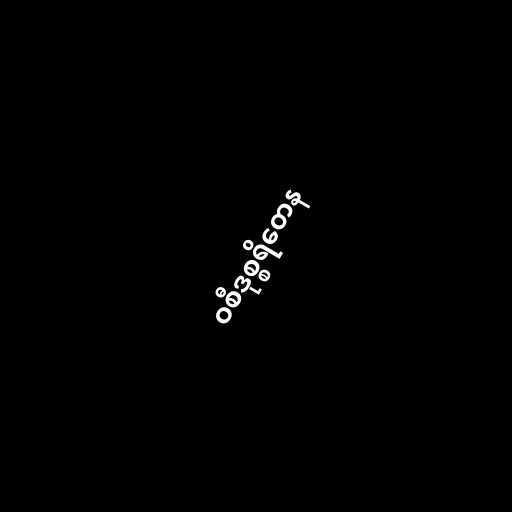
ဝစီဒုစ္စရိတေန